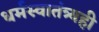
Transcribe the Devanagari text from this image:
धर्मस्वातंत्र्यही